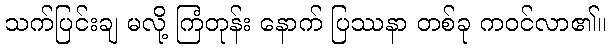
သက်ပြင်းချ မလို့ ကြံတုန်း နောက် ပြဿနာ တစ်ခု ကဝင်လာ၏။